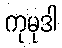
ကုမုဒါ